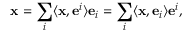
\mathbf { x } = \sum _ { i } \langle \mathbf { x } , \mathbf { e } ^ { i } \rangle \mathbf { e } _ { i } = \sum _ { i } \langle \mathbf { x } , \mathbf { e } _ { i } \rangle \mathbf { e } ^ { i } ,